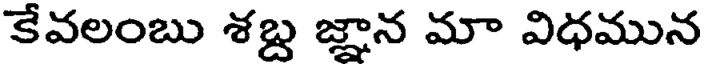
కేవలంబు శబ్ద జ్ఞాన మా విధమున